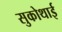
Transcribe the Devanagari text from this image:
सुकोथाई